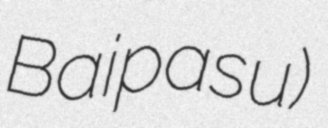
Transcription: Baipasu)